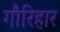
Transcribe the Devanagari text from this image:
गौरिहार